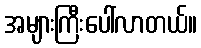
အများကြီးပေါ်လာတယ်။